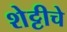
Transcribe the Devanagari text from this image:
शेट्टीचे